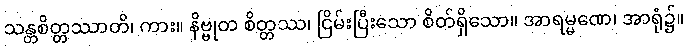
သန္တစိတ္တဿာတိ၊ ကား။ နိဗ္ဗုတ စိတ္တဿ၊ ငြိမ်းပြီးသော စိတ်ရှိသော။ အာရမ္မဏေ၊ အာရုံ၌။